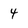
Character: 4